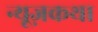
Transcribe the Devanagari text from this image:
न्यूज़कथा